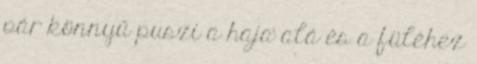
pár könnyű puszi a haja alá és a füléhez